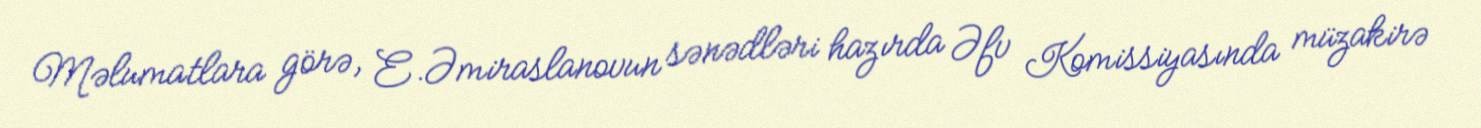
Məlumatlara görə, E.Əmiraslanovun sənədləri hazırda Əfv Komissiyasında müzakirə